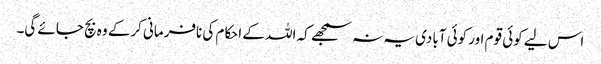
اس لیے کوئی قوم اور کوئی آبادی یہ نہ سمجھے کہ اللہ کے احکام کی نافرمانی کرکے وہ بچ جائے گی۔